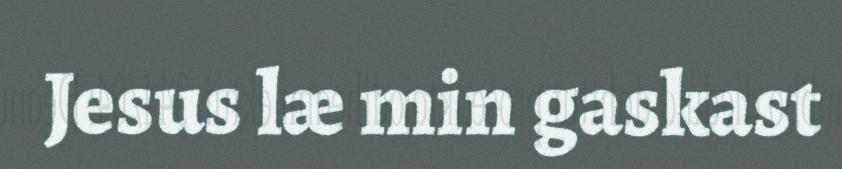
Jesus læ min gaskast